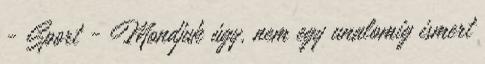
- Sport - Mondjuk úgy, nem egy unalomig ismert